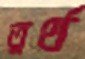
তুর্থ